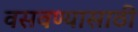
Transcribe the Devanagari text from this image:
वसवण्यासाठी